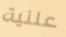
علنية